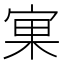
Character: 𱚉